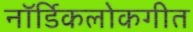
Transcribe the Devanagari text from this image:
नॉर्डिकलोकगीत